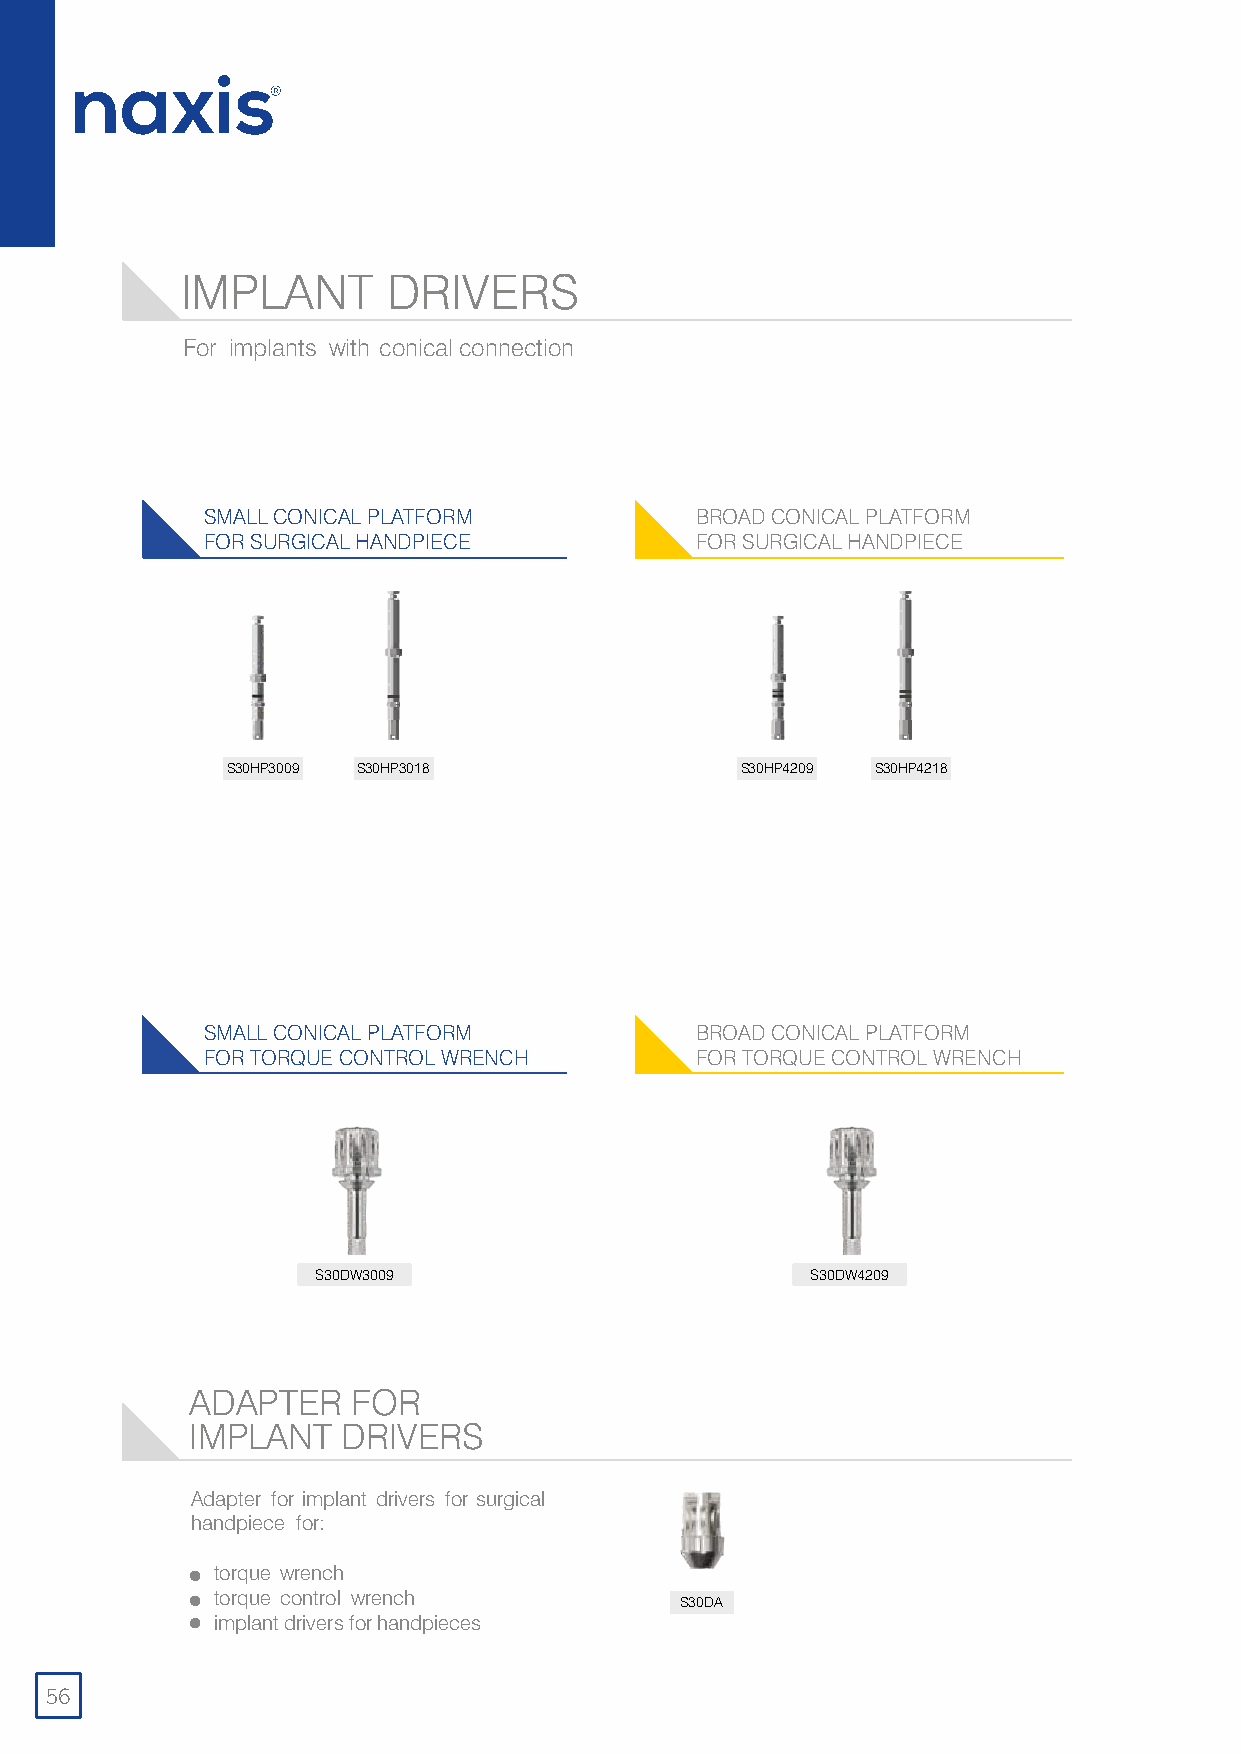
IMPLANT       DRIVERS
 For implants with conica lconnection
 SMALL CONICAL PLATFORM          BROAD CONICAL PLATFORM
 FOR SURGICAL HANDPIECE          FOR SURGICAL HANDPIECE
 S30HP3009 S30HP3018               S30HP4209 S30HP4218
 SMALL CONICAL PLATFORM          BROAD CONICAL PLATFORM
 FOR TORQUE CONTROL WRENCH       FOR TORQUE CONTROL WRENCH
 S30DW3009                        S30DW4209
 ADAPTER   FOR
 IMPLANT   DRIVERS
 Adapter for implant drivers for surgical
 handpiece for:
 torque wrench
 torque control wrench          S30DA
 implant drivers for handpieces
 56